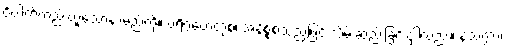
ဝိပါက်တည်းဟူသောနာမည်ကို။ ပရိဂ္ဂဟေတုံစ၊ အနိစ္စစသည်ဖြင့် သိမ်းဆည်းခြင်းငှါလည်း။ နသက္ကာ၊